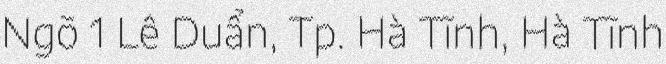
Ngõ 1 Lê Duẩn, Tp. Hà Tĩnh, Hà Tĩnh